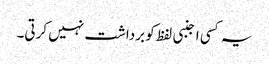
یہ کسی اجنبی لفظ کو برداشت نہیں کرتی۔